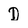
Character: D